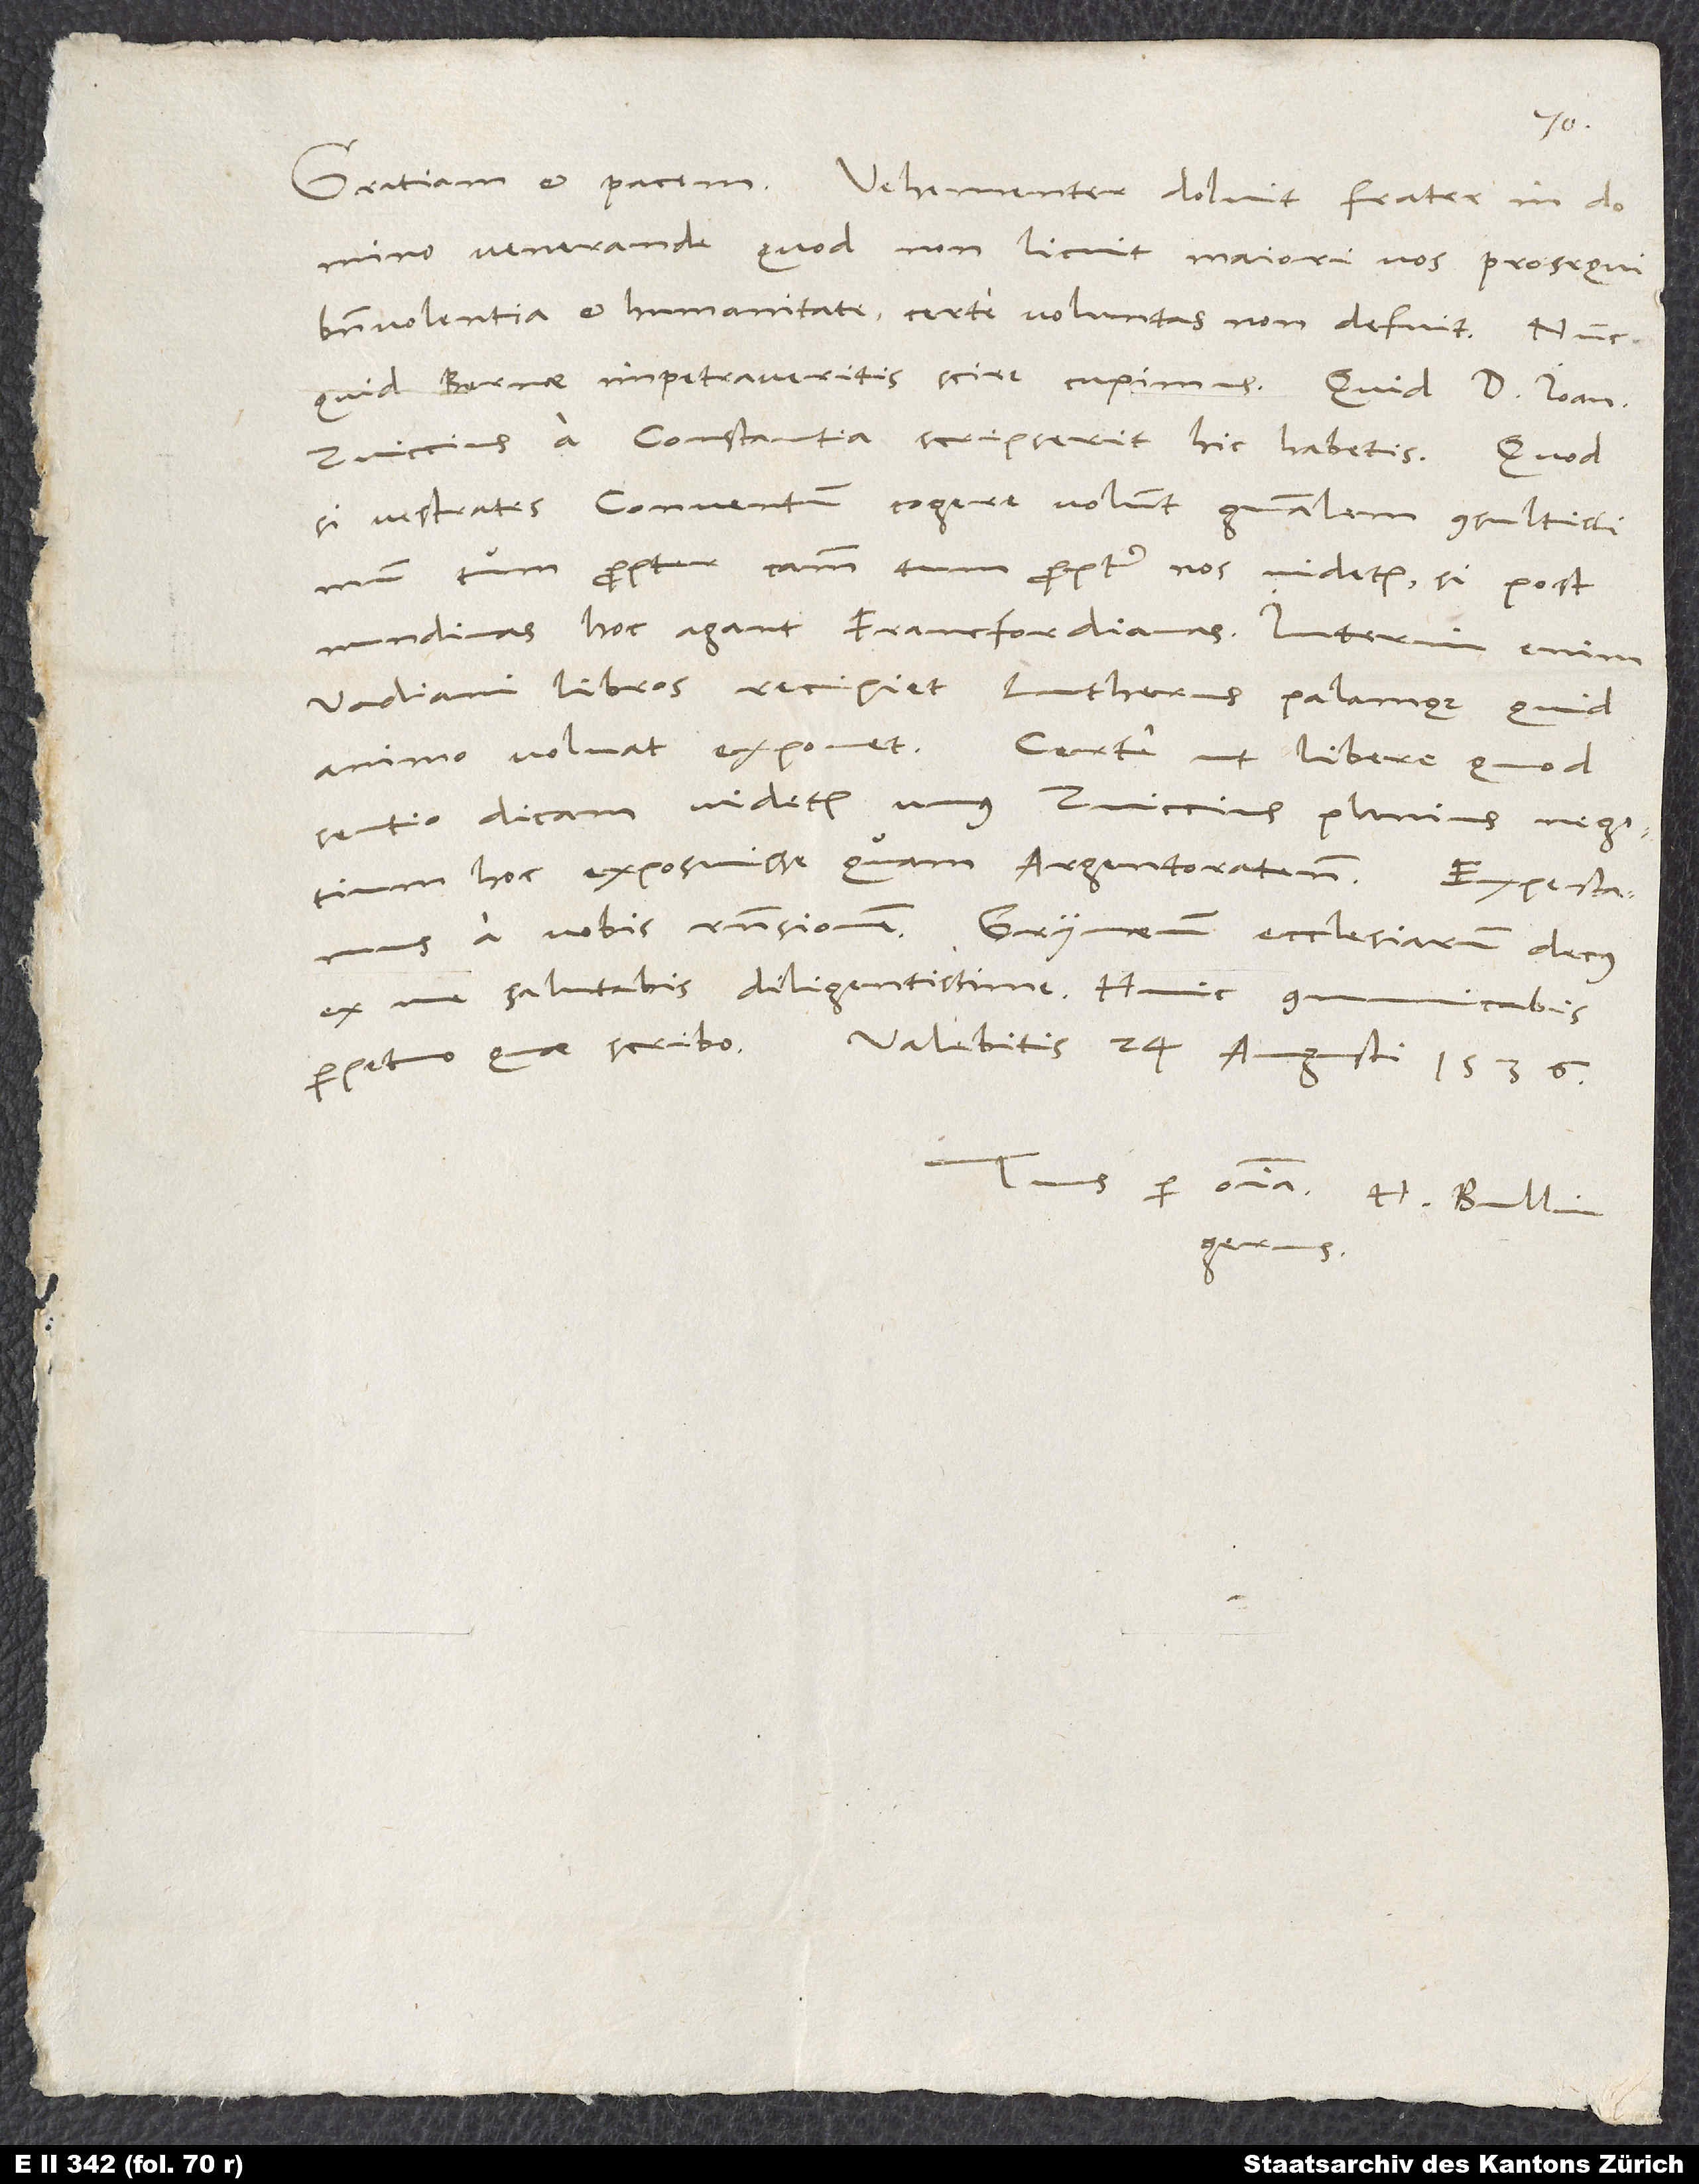
venerande, quod non licuit maiori vos prosequi
benevolentia et humanitate; certe voluntas non defuit. Nunc,
quid Bernae impetraveritis, scire cupimus. Quid doctor bannes
Zviccius a Constantia scripserit hic habetis., Quodsi
vestrates conventum cogere volunt generalem, consultissimum
tum propter causam tum propter nos videtur, si post
nundinas hoc agant Francfordianas. Interim enim
Vadiani libros recipiet Lutherus palamque, quid
animo volvat, exponet. Certe - ut libere, quod
sentio, dicam - videtur unus Zviccius planius negotium
hoc exposuisse quam Argentoratenses. Expectamus
ex me salutabis diligentissime. Huic communicabis